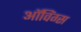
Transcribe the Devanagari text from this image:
ऑविंग्स